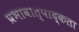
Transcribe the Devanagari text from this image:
प्रभावोत्पाद्कता